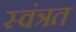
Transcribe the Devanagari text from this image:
स्वंत्रत